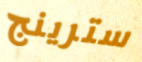
سترينج